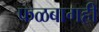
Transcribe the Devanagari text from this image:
फळबागही